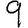
Digit: 9